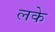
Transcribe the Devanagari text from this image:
लके